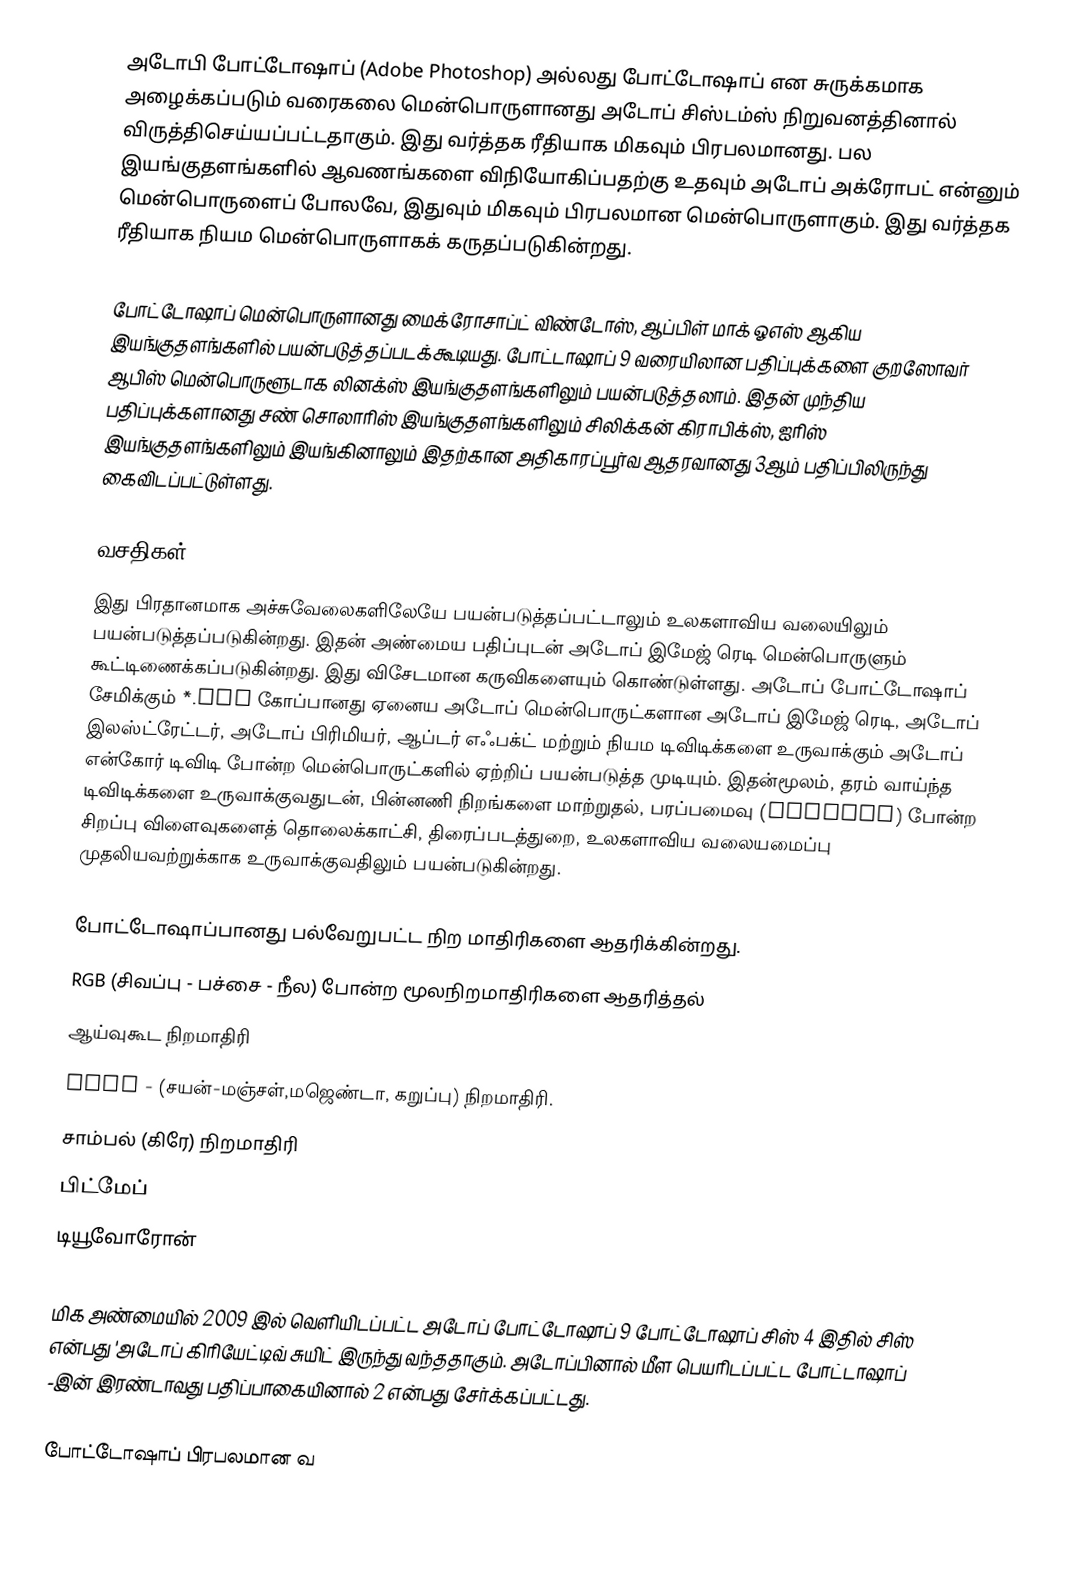
அடோபி போட்டோஷாப் (Adobe Photoshop) அல்லது போட்டோஷாப் என சுருக்கமாக அழைக்கப்படும் வரைகலை மென்பொருளானது அடோப் சிஸ்டம்ஸ் நிறுவனத்தினால் விருத்திசெய்யப்பட்டதாகும். இது வர்த்தக ரீதியாக மிகவும் பிரபலமானது. பல இயங்குதளங்களில் ஆவணங்களை விநியோகிப்பதற்கு உதவும் அடோப் அக்ரோபட் என்னும் மென்பொருளைப் போலவே, இதுவும் மிகவும் பிரபலமான மென்பொருளாகும். இது வர்த்தக ரீதியாக நியம மென்பொருளாகக் கருதப்படுகின்றது.

போட்டோஷாப் மென்பொருளானது மைக்ரோசாப்ட் விண்டோஸ், ஆப்பிள் மாக் ஓஎஸ் ஆகிய இயங்குதளங்களில் பயன்படுத்தப்படக்கூடியது. போட்டாஷாப் 9 வரையிலான பதிப்புக்களை குறஸோவர் ஆபிஸ் மென்பொருளூடாக லினக்ஸ் இயங்குதளங்களிலும் பயன்படுத்தலாம். இதன் முந்திய பதிப்புக்களானது சண் சொலாரிஸ் இயங்குதளங்களிலும் சிலிக்கன் கிராபிக்ஸ், ஐரிஸ் இயங்குதளங்களிலும் இயங்கினாலும் இதற்கான அதிகாரப்பூர்வ ஆதரவானது 3ஆம் பதிப்பிலிருந்து கைவிடப்பட்டுள்ளது.

வசதிகள்
இது பிரதானமாக அச்சுவேலைகளிலேயே பயன்படுத்தப்பட்டாலும் உலகளாவிய வலையிலும் பயன்படுத்தப்படுகின்றது. இதன் அண்மைய பதிப்புடன் அடோப் இமேஜ் ரெடி மென்பொருளும் கூட்டிணைக்கப்படுகின்றது. இது விசேடமான கருவிகளையும் கொண்டுள்ளது. அடோப் போட்டோஷாப் சேமிக்கும் *.psd கோப்பானது ஏனைய அடோப் மென்பொருட்களான அடோப் இமேஜ் ரெடி, அடோப் இலஸ்ட்ரேட்டர், அடோப் பிரிமியர், ஆப்டர் எஃபக்ட் மற்றும் நியம டிவிடிக்களை உருவாக்கும் அடோப் என்கோர் டிவிடி போன்ற மென்பொருட்களில் ஏற்றிப் பயன்படுத்த முடியும். இதன்மூலம், தரம் வாய்ந்த டிவிடிக்களை உருவாக்குவதுடன், பின்னணி நிறங்களை மாற்றுதல், பரப்பமைவு (texture) போன்ற சிறப்பு விளைவுகளைத் தொலைக்காட்சி, திரைப்படத்துறை, உலகளாவிய வலையமைப்பு முதலியவற்றுக்காக உருவாக்குவதிலும் பயன்படுகின்றது.

போட்டோஷாப்பானது பல்வேறுபட்ட நிற மாதிரிகளை ஆதரிக்கின்றது.
 RGB (சிவப்பு - பச்சை - நீல) போன்ற மூலநிறமாதிரிகளை ஆதரித்தல்
 ஆய்வுகூட நிறமாதிரி
 CYMK - (சயன்-மஞ்சள்,மஜெண்டா, கறுப்பு) நிறமாதிரி.
 சாம்பல் (கிரே) நிறமாதிரி
 பிட்மேப்
 டியூவோரோன்

மிக அண்மையில் 2009 இல் வெளியிடப்பட்ட அடோப் போட்டோஷாப் 9 போட்டோஷாப் சிஸ் 4 இதில் சிஸ் என்பது 'அடோப் கிரியேட்டிவ் சுயிட்  இருந்து வந்ததாகும். அடோப்பினால் மீள பெயரிடப்பட்ட போட்டாஷாப் -இன் இரண்டாவது பதிப்பாகையினால் 2 என்பது சேர்க்கப்பட்டது.

போட்டோஷாப் பிரபலமான வ